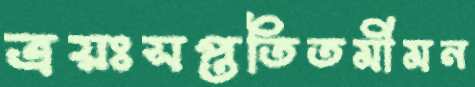
ত্রয়ঃসপ্ততিতমীমন